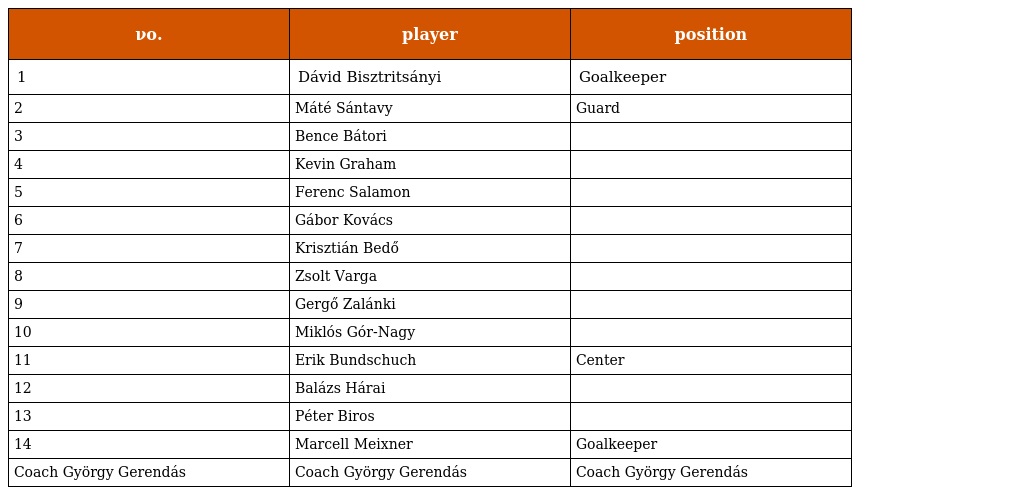
| νο. | player | position |
 | --- | --- | --- |
 | 1 | Dávid Bisztritsányi | Goalkeeper |
 | 2 | Máté Sántavy | Guard |
 | 3 | Bence Bátori |  |
 | 4 | Kevin Graham |  |
 | 5 | Ferenc Salamon |  |
 | 6 | Gábor Kovács |  |
 | 7 | Krisztián Bedő |  |
 | 8 | Zsolt Varga |  |
 | 9 | Gergő Zalánki |  |
 | 10 | Miklós Gór-Nagy |  |
 | 11 | Erik Bundschuch | Center |
 | 12 | Balázs Hárai |  |
 | 13 | Péter Biros |  |
 | 14 | Marcell Meixner | Goalkeeper |
 | Coach György Gerendás | Coach György Gerendás | Coach György Gerendás |